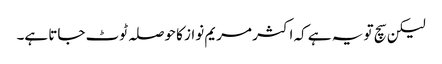
لیکن سچ تو یہ ہے کہ اکثر مریم نواز کا حوصلہ ٹوٹ جاتا ہے۔